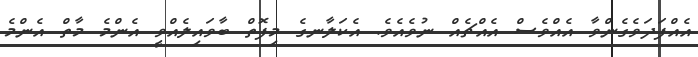
އެއްފަދަވެގެންވާ އެއްވެސް އެއްޗެއް ނުވެއެވެ. އެކަލާނގެ މިފޮތް ބާވައިލެއްވީ އެންމެ މާތް އެންމެ